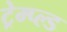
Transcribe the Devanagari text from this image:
ट्रेम्प्ल्ड